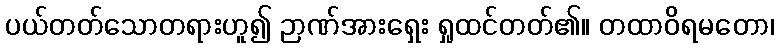
ပယ်တတ်သောတရားဟူ၍ ဉာဏ်အားရှေး ရှုထင်တတ်၏။ တထာဝိရမတော၊